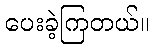
ပေးခဲ့ကြတယ်။